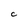
Character: C